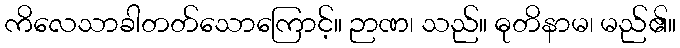
ကိလေသာခါတတ်သောကြောင့်။ ဉာဏ၊ သည်။ ဓုတိနာမ၊ မည်၏။